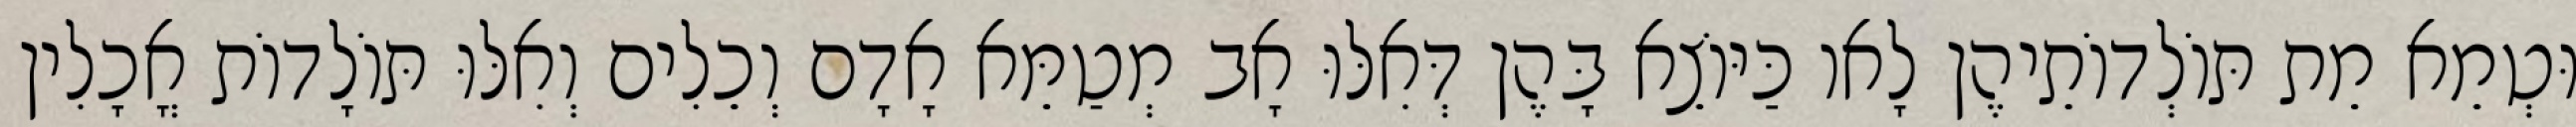
וּטְמֵא מֵת תּוֹלְדוֹתֵיהֶן לָאו כַּיּוֹצֵא בָּהֶן דְּאִלּוּ אָב מְטַמֵּא אָדָם וְכֵלִים וְאִלּוּ תּוֹלָדוֹת אֳכָלִין